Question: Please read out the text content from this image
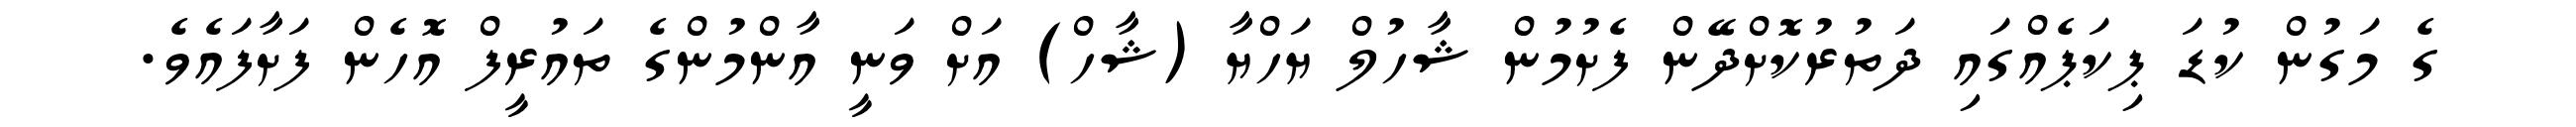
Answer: ގެ މަގުން ކުޑަ ޕިކަޕެއްގައި ދަތުރުކޮށްދޭން ފެށުމުން ޝާހުލް ޔަހްޔާ (ޝާހް) އަށް ވަނީ އާންމުންގެ ތައުރީފް އޮހެން ފަށާފައެވެ.